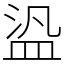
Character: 盕